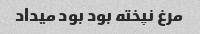
مرغ نپخته بود بود میداد